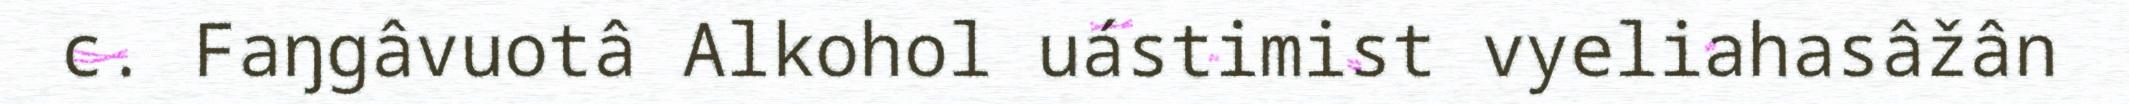
c. Faŋgâvuotâ Alkohol uástimist vyeliahasâžân